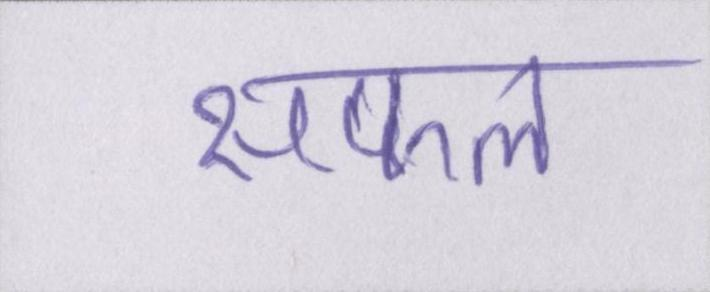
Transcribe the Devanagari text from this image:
सफल